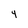
Character: 4